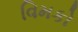
વિમકો